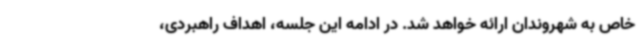
خاص به شهروندان ارائه خواهد شد. در ادامه این جلسه، اهداف راهبردی،